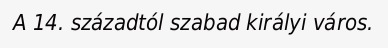
A 14. századtól szabad királyi város.